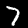
Label: 7